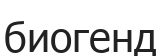
биогенд